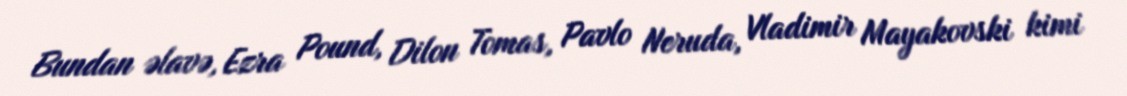
Bundan əlavə, Ezra Pound, Dilon Tomas, Pavlo Neruda, Vladimir Mayakovski kimi